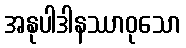
အနုပါဒါနဿာဝုသော